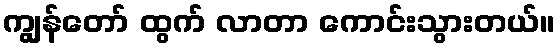
ကျွန်တော် ထွက် လာတာ ကောင်းသွားတယ်။